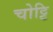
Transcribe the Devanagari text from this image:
चोट्टि